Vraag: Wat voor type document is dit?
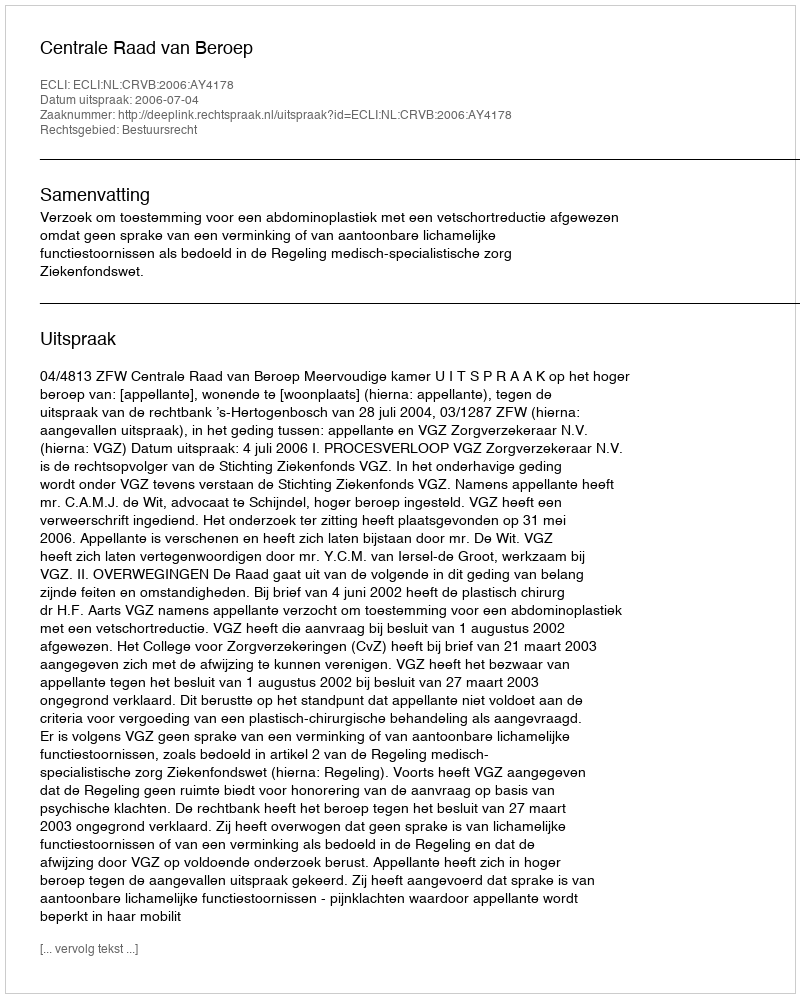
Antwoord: Uitspraak